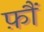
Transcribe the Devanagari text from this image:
फ़ौं